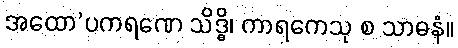
အထော’ပကရဏေ သိဒ္ဓိ၊ ကာရကေသု စ သာဓနံ။